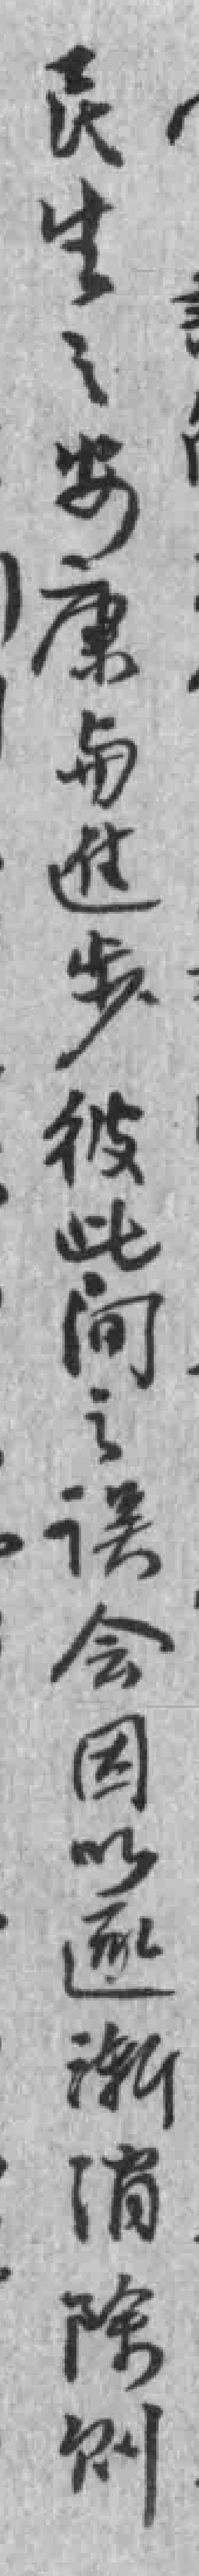
民生之安康与進步彼此间之误会因以逐渐消除则